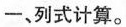
一、列式计算。